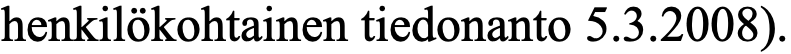
henkilökohtainen tiedonanto 5.3.2008).